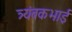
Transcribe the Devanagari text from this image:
त्र्यंबकभाई